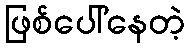
ဖြစ်ပေါ်နေတဲ့